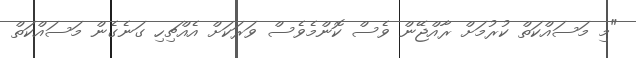
"މި މަސައްކަތް ކުރުމަށް ރާއްޖޭން ވެސް ކޮންމެވެސް ވަރަކަށް އެއްޗިހި ގަނެގެން މަސައްކަތް